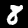
Digit: 8